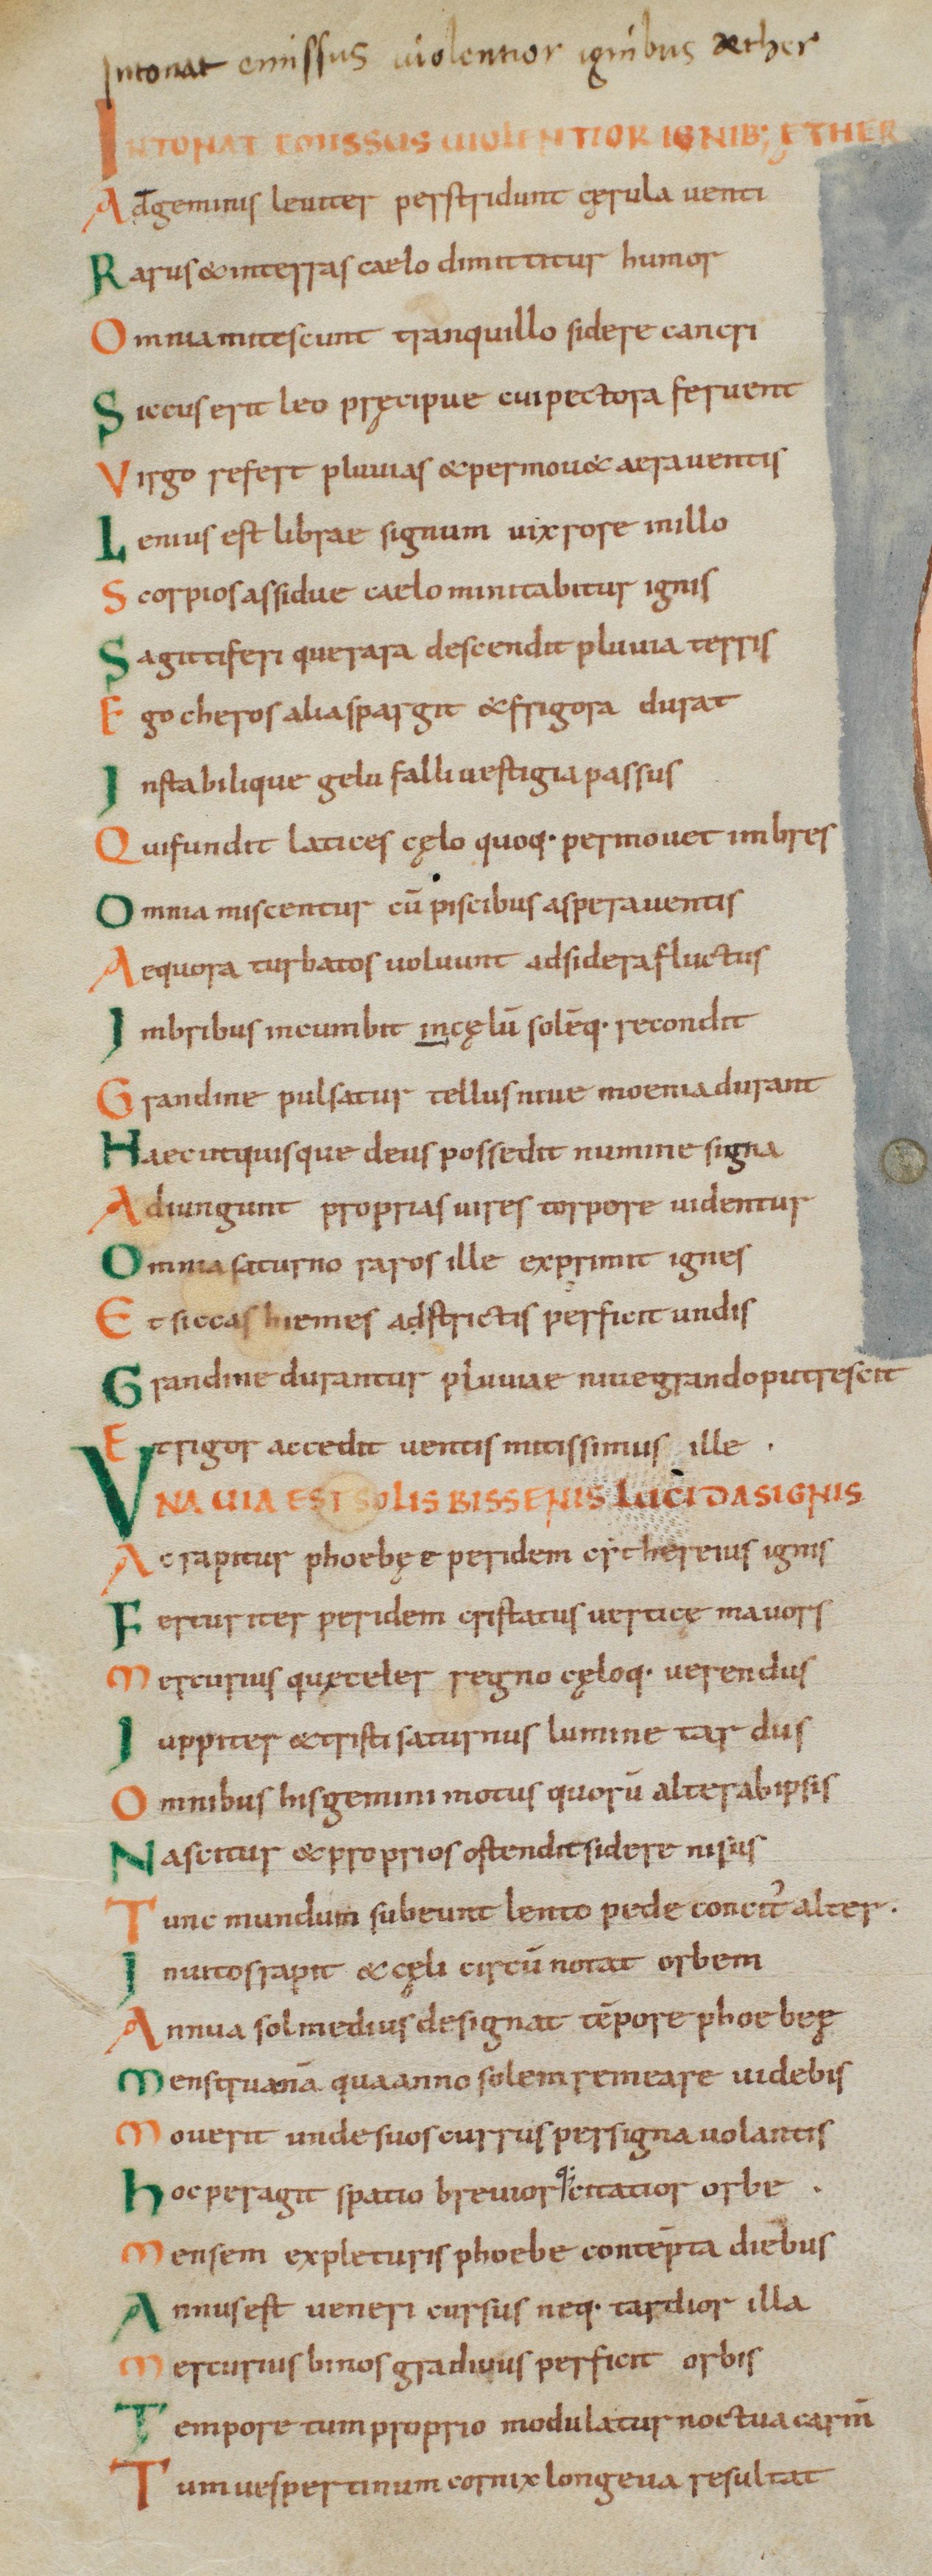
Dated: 1000–1028